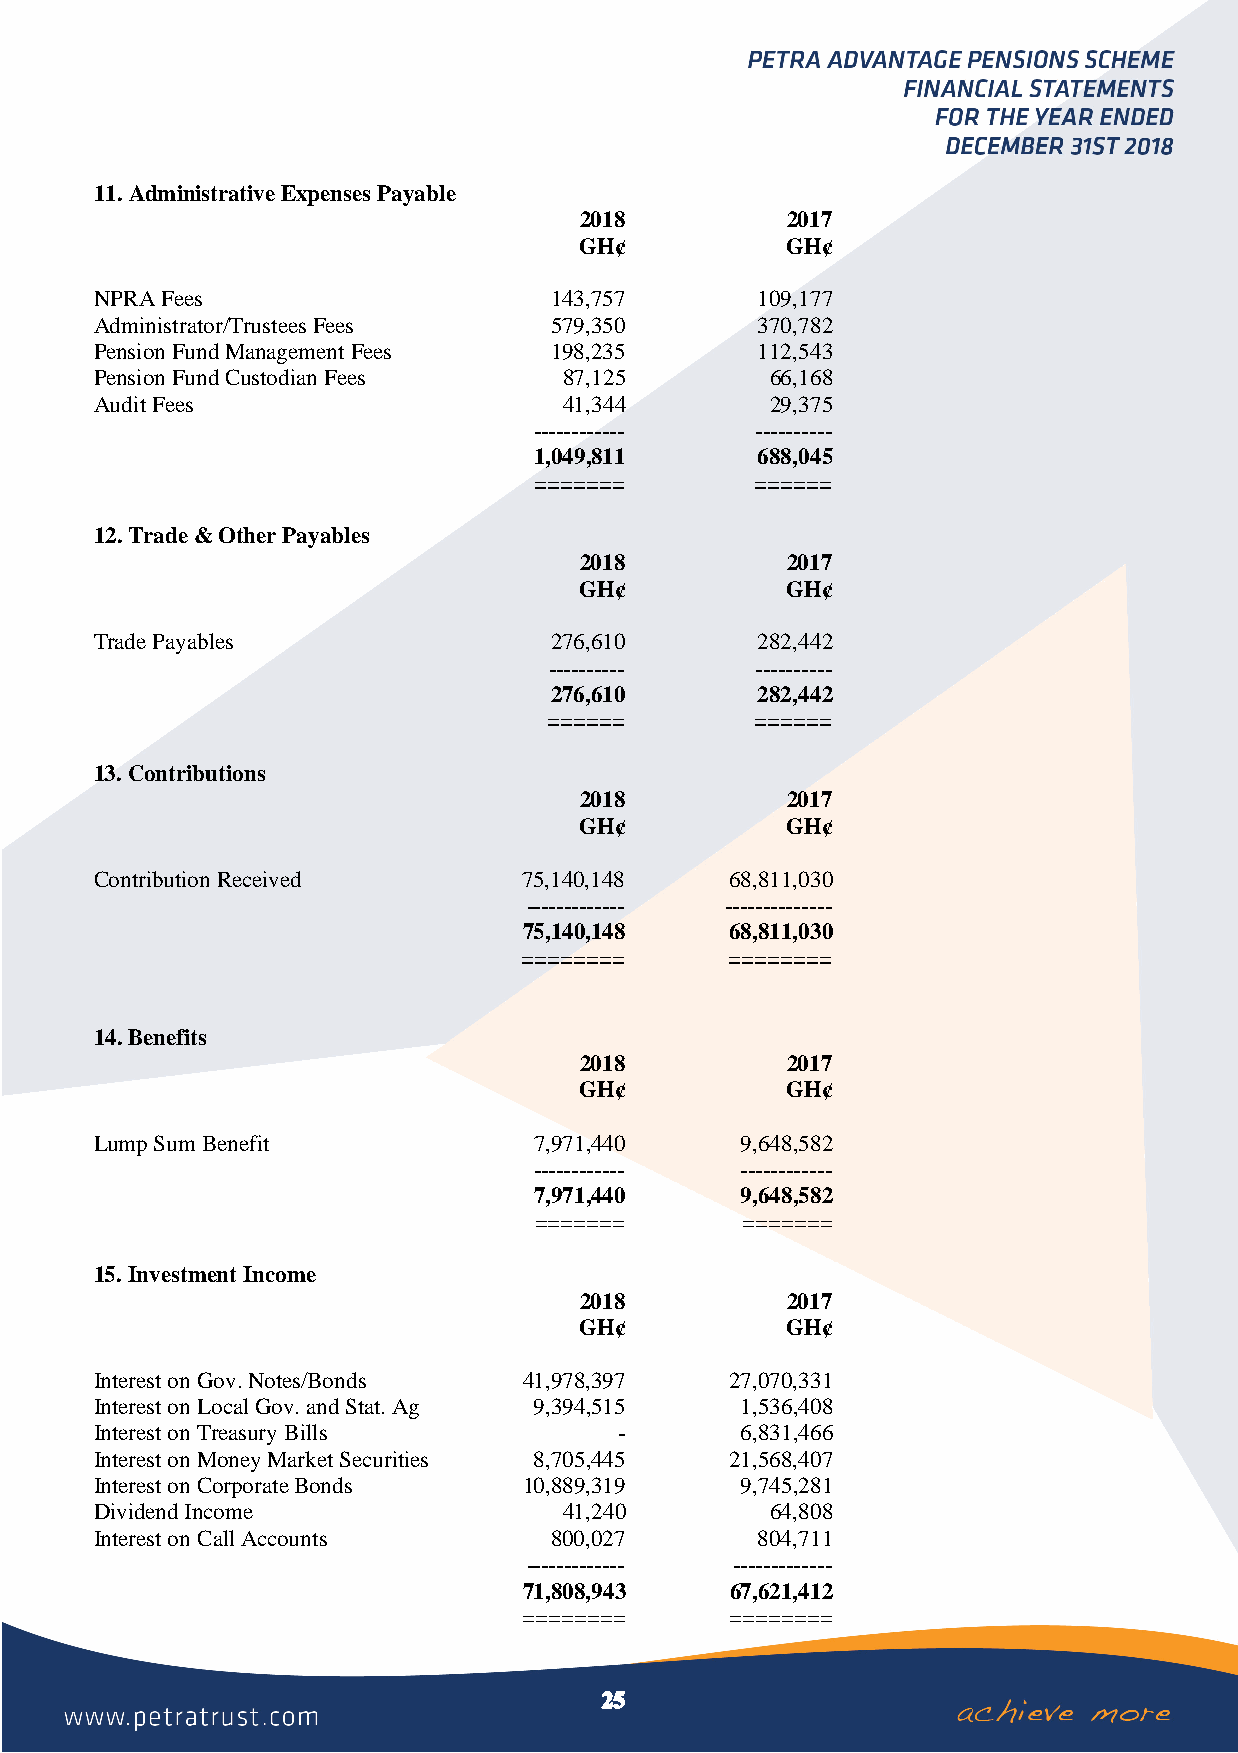
11. Administrative Expenses Payable
 2018          2017
 GH¢           GH¢
 NPRA Fees                     143,757       109,177
 Administrator/Trustees Fees   579,350       370,782
 Pension Fund Management Fees  198,235       112,543
 Pension Fund Custodian Fees    87,125        66,168
 Audit Fees                     41,344        29,375
 ------------   ----------
 1,049,811      688,045
 =======        ======
 12. Trade & Other Payables
 2018          2017
 GH¢           GH¢
 Trade Payables                276,610       282,442
 ----------    ----------
 276,610       282,442
 ======        ======
 13. Contributions
 2018          2017
 GH¢           GH¢
 Contribution Received        75,140,148   68,811,030
 ------------- --------------
 75,140,148   68,811,030
 ========      ========
 14. Benefits
 2018          2017
 GH¢           GH¢
 Lump Sum Benefit             7,971,440     9,648,582
 ------------  ------------
 7,971,440     9,648,582
 =======       =======
 15. Investment Income
 2018          2017
 GH¢           GH¢
 Interest on Gov. Notes/Bonds 41,978,397   27,070,331
 Interest on Local Gov. and Stat. Ag 9,394,515 1,536,408
 Interest on Treasury Bills         -       6,831,466
 Interest on Money Market Securities 8,705,445 21,568,407
 Interest on Corporate Bonds  10,889,319    9,745,281
 Dividend Income                41,240        64,808
 Interest on Call Accounts     800,027       804,711
 ------------- -------------
 71,808,943   67,621,412
 ========     ========
 25